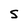
Character: S